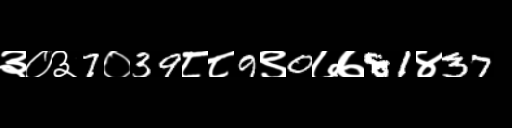
Text: ३०३7०39८८9९0७७81४37